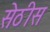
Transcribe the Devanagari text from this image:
सेठीस